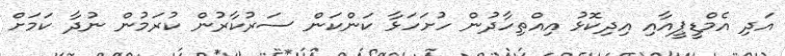
އަދި އެމްޑީޕީއާއި އިދިކޮޅު އިއްތިހާދުން ހުށަހަޅާ ކަންކަން ސަރުކާރުން ކުރަމުން ނުދާ ކަމަށް